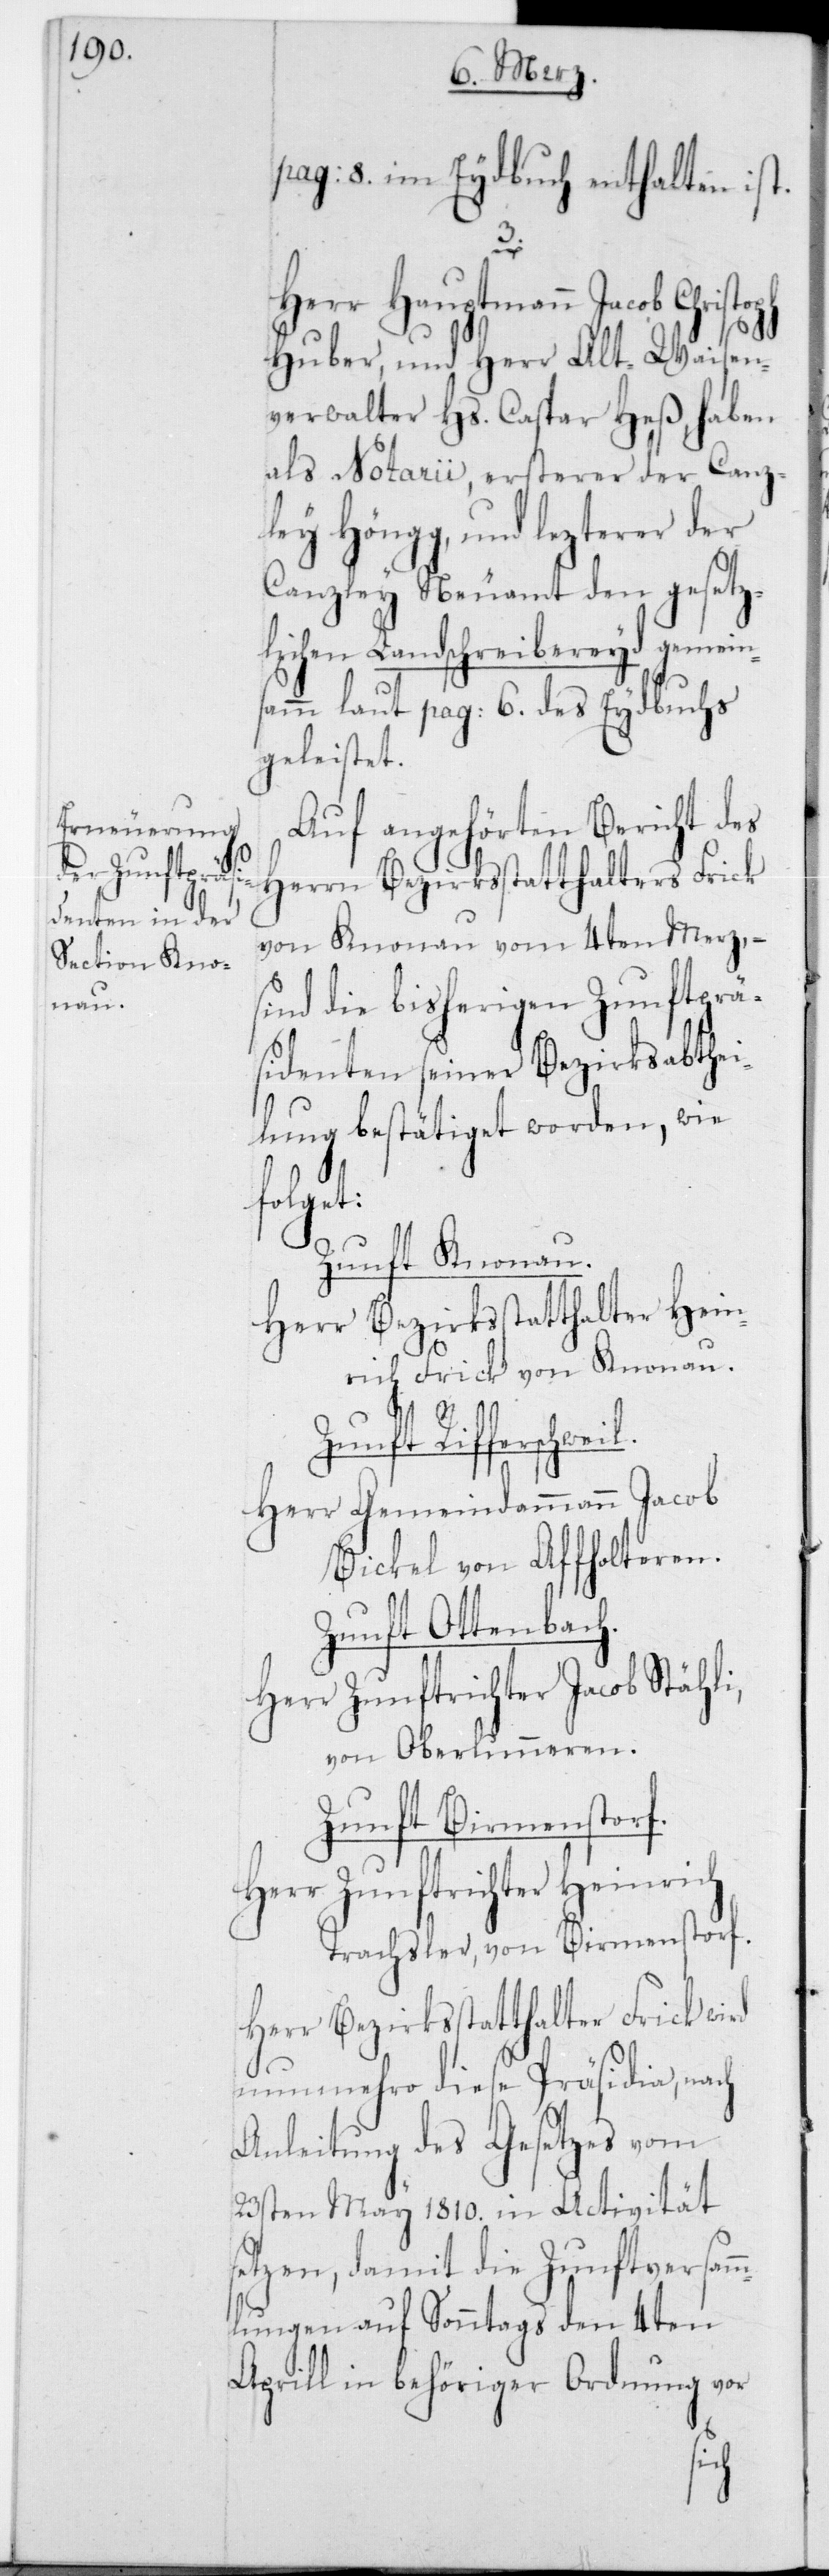
pag: 8 im Eydbuch enthalten ist.
3.
Herr Hauptmann Jacob Christ¬
Huber, und Herr Alt-Waisen¬
verwalter Hs. Caspar Heß, haben
als Notarii, ersterer der Canz¬
ley Höngg, und lezterer der
Canzley Neuamt den gesetz¬
lichen Landschreibereyd gemeins¬
amm laut pag: 6 des Eydbuchs
geleistet.
Auf angehörten Bericht des
Herrn Bezirksstatthalters Frick
von Knonau vom 4ten Merz, –
sind die bisherigen Zunftprä¬
sidenten seiner Bezirksabthei¬
lung bestätiget worden, wie
folget:
Zunft Knonau.
Herr Bezirksstatthalter Hein¬
rich Frick von Knonau.
s¬
l.
Zunft Rifferschwei¬
Herr Gemeindammann Jacob
Bickel von Affolteren.
Zunft Ottenbach.
Herr Zunftrichter Jacob Stähli,
von Oberlunneren.
Zunft Birmenstorf.
Herr Zunftrichter Heinrich
Trachsler von Birmenstorf.
Herr Bezirksstatthalter Frick wird
nunmehro dieser Präsidia, nach
Anleitung des Gesetzes vom
23sten May 1810 in Activität
etzen, damit die Zunftversam¬
mlungen auf Sonntags den 4ten
Aprill in behöriger Ordnung vor